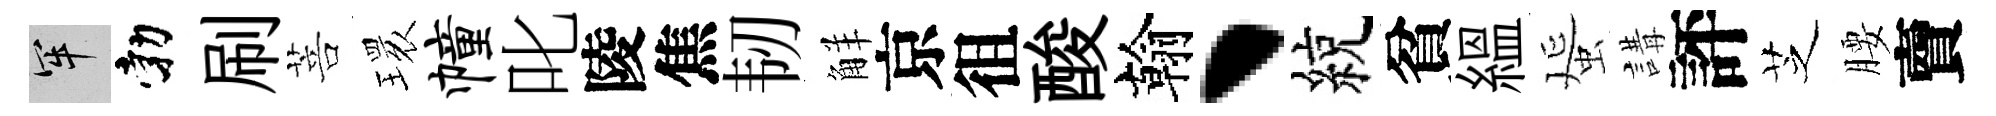
牢勃刷菩𤨔幢叱陵焦韧觧京徂酸翰、綂貧緼蜑講評芝腰𧶠